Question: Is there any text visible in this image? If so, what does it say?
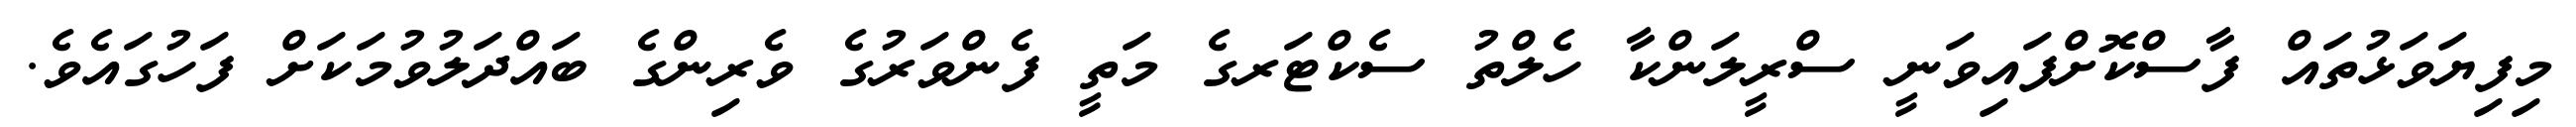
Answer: މިފިޔަވަޅުތައް ފާސްކޮށްފައިވަނީ ސްރީލަންކާ ހެލްތު ސެކްޓަރގެ މަތީ ފެންވަރުގެ ވެރިންގެ ބައްދަލުވުމަކަށް ފަހުގައެވެ.